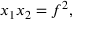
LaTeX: x _ { 1 } x _ { 2 } = f ^ { 2 } ,